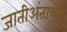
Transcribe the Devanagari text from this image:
जातीअंताच्या